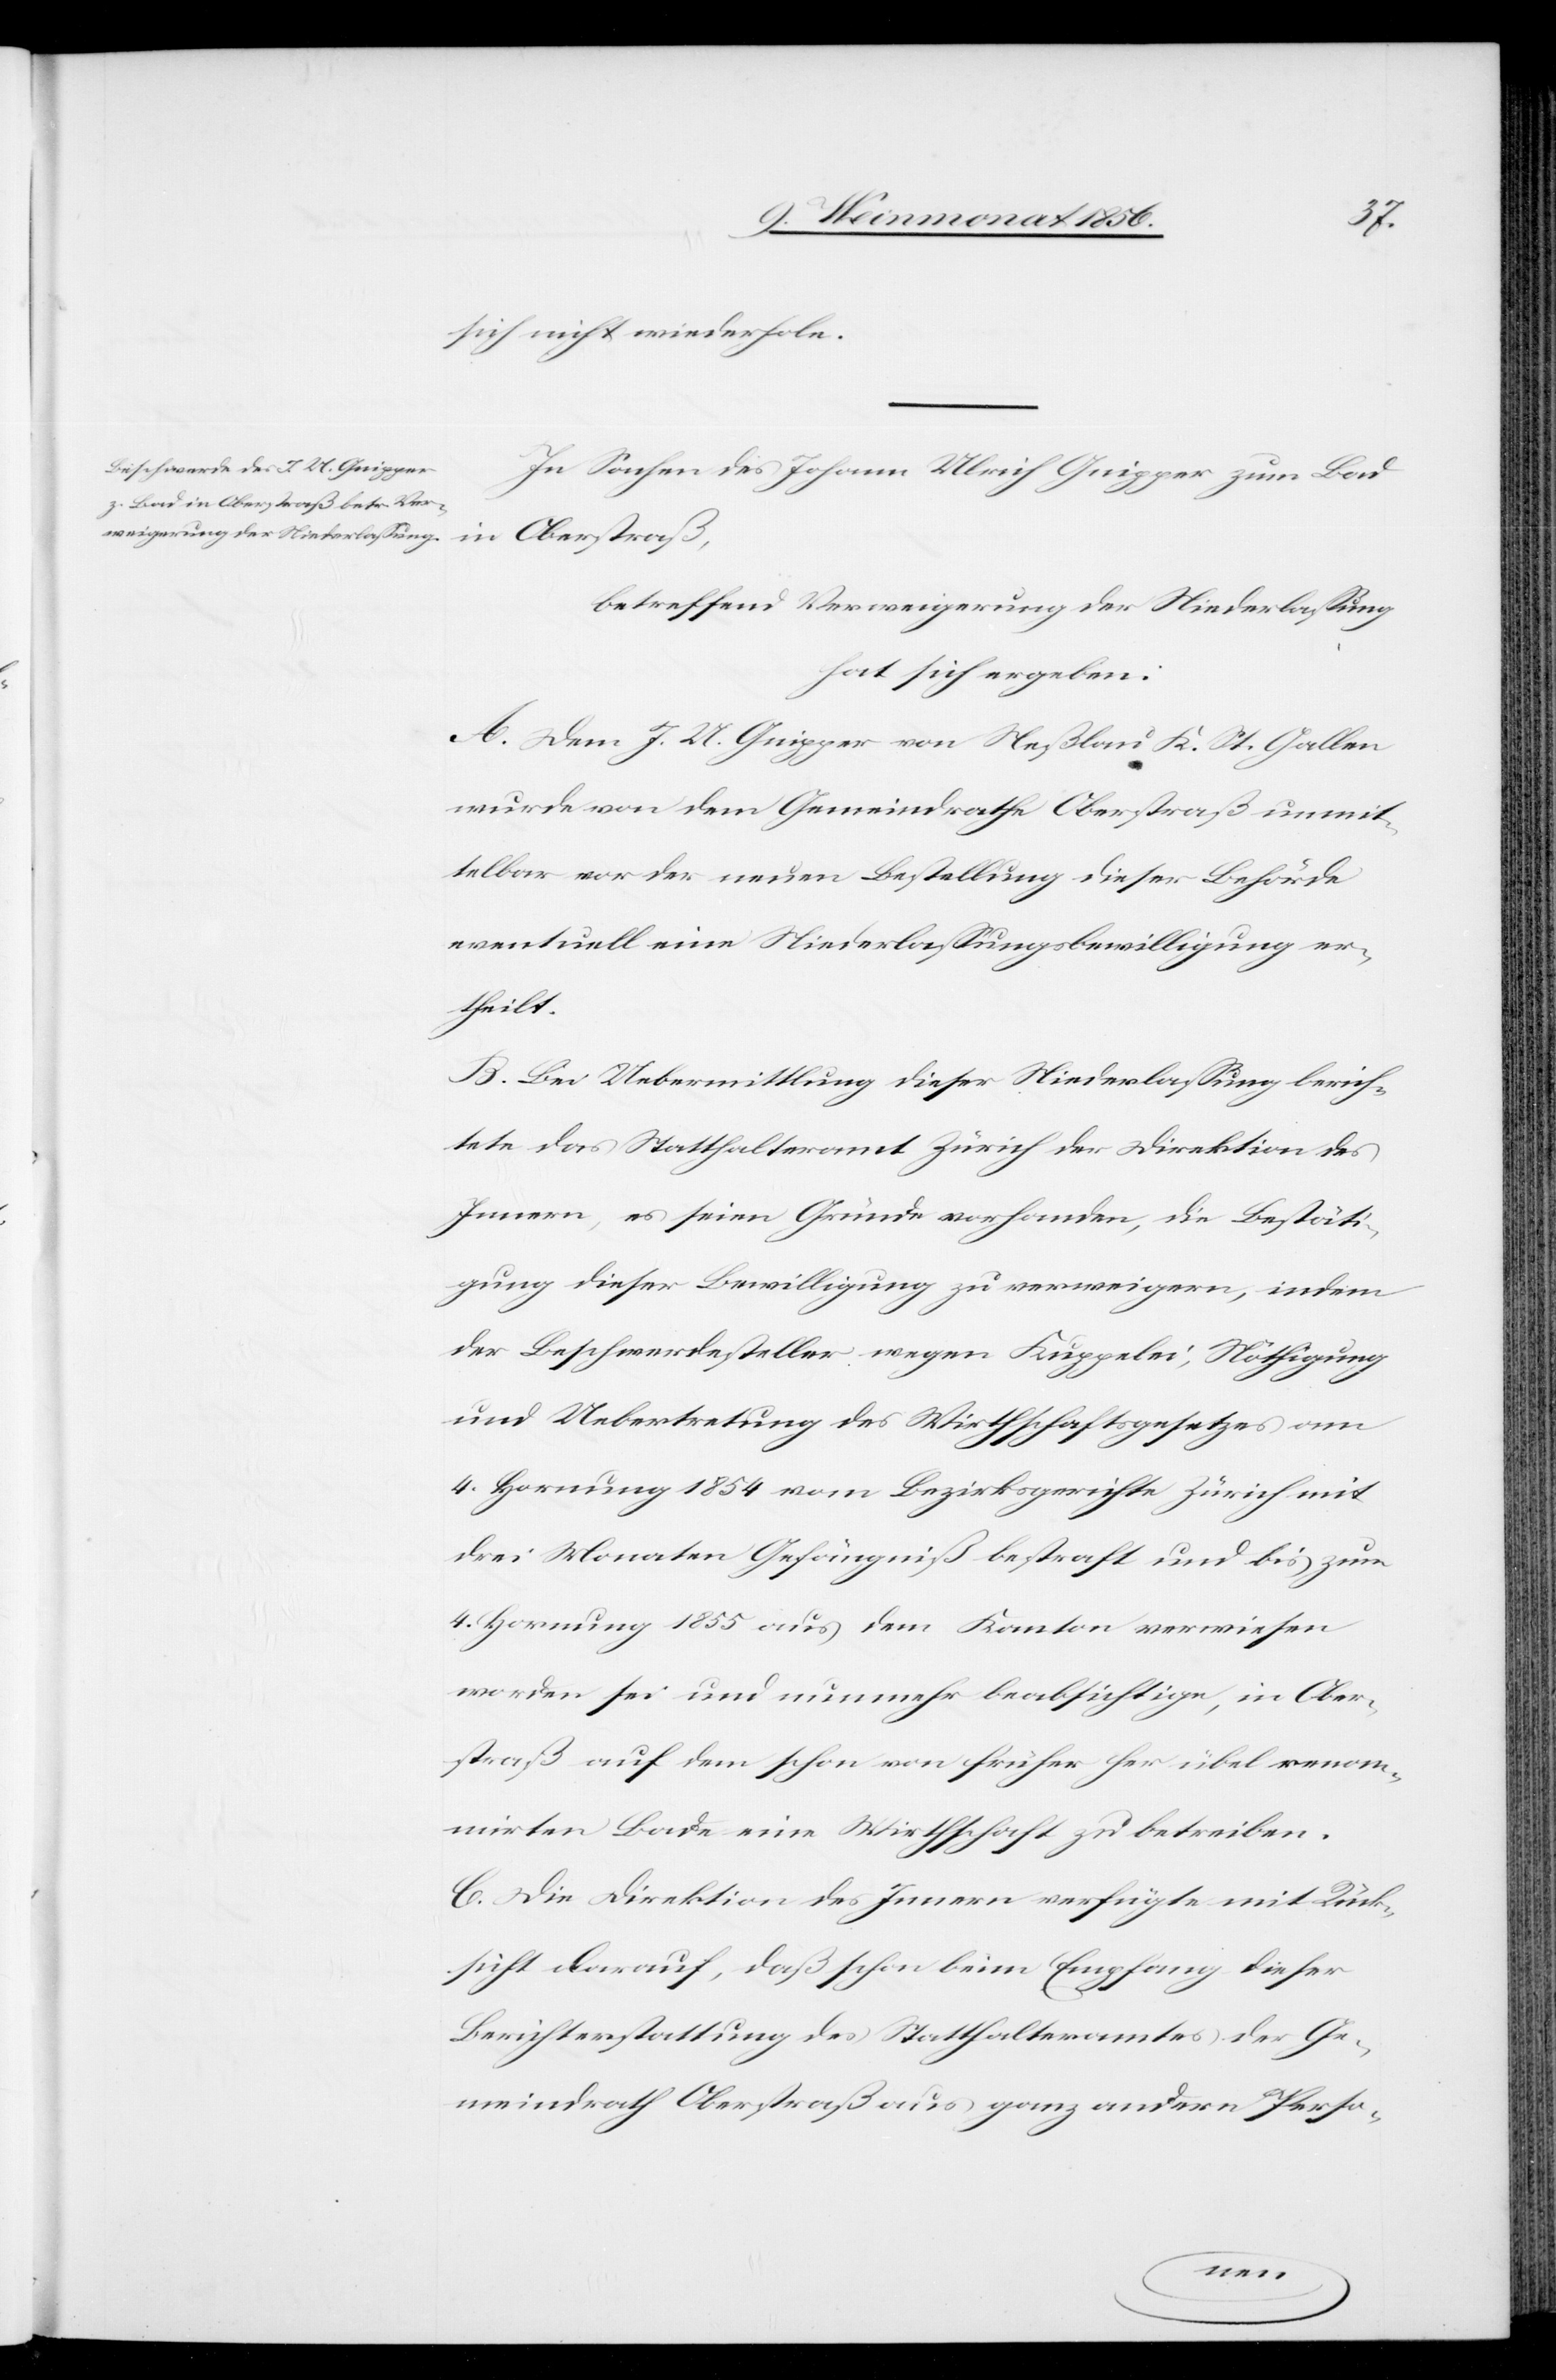
sich nicht wiederhole.
In Sachen des Johann Ulrich Gnipper zum Bad
Oberstraß,
betreffend Verweigerung der Niederlassung
hat sich ergeben:
A. Dem J. U. Gnipper von Neßlau K. St. Gallen
wurde von dem Gemeindrathe Oberstraß unmit¬
telbar vor der neuen Bestellung dieser Behörde
eventuell eine Niederlassungsbewilligung er¬
theilt.
B. Bei Uebermittlung dieser Niederlassung berich¬
tete das Statthalteramt Zürich der Direktion des
Innern, es seien Gründe vorhanden, die Bestäti¬
gung dieser Bewilligung zu verweigern, indem
der Beschwerdesteller wegen Kuppelei, Nöthigung
und Uebertretung des Wirthschaftsgesetzes am
4. Hornung 1854 vom Bezirksgerichte Zürich mit
drei Monaten Gefängniß bestraft und bis zum
4. Hornung 1855 aus dem Kanton verwiesen
worden sei und nunmehr beabsichtige, in Ober¬
straß auf dem schon von früher her übel renom¬
mirten Bade eine Wirthschaft zu betreiben.
C. Die Direktion des Innern verfügt mit Rück¬
sicht darauf, daß schon beim Empfang dieser
Berichterstattung des Statthalteramtes der Ge¬
meindrath Oberstraß aus ganz andern Perso-